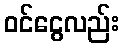
ဝင်ငွေလည်း